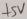
Text: +5V